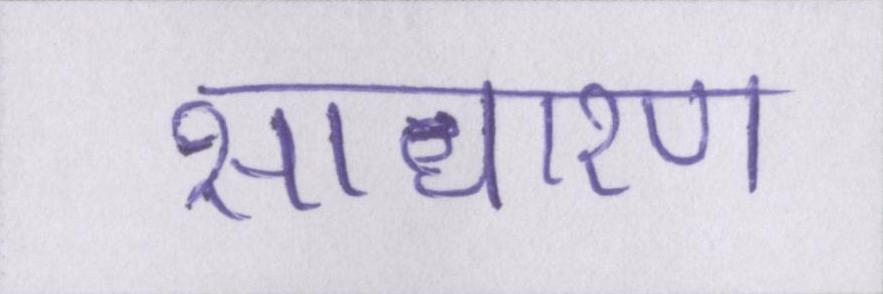
साधारण